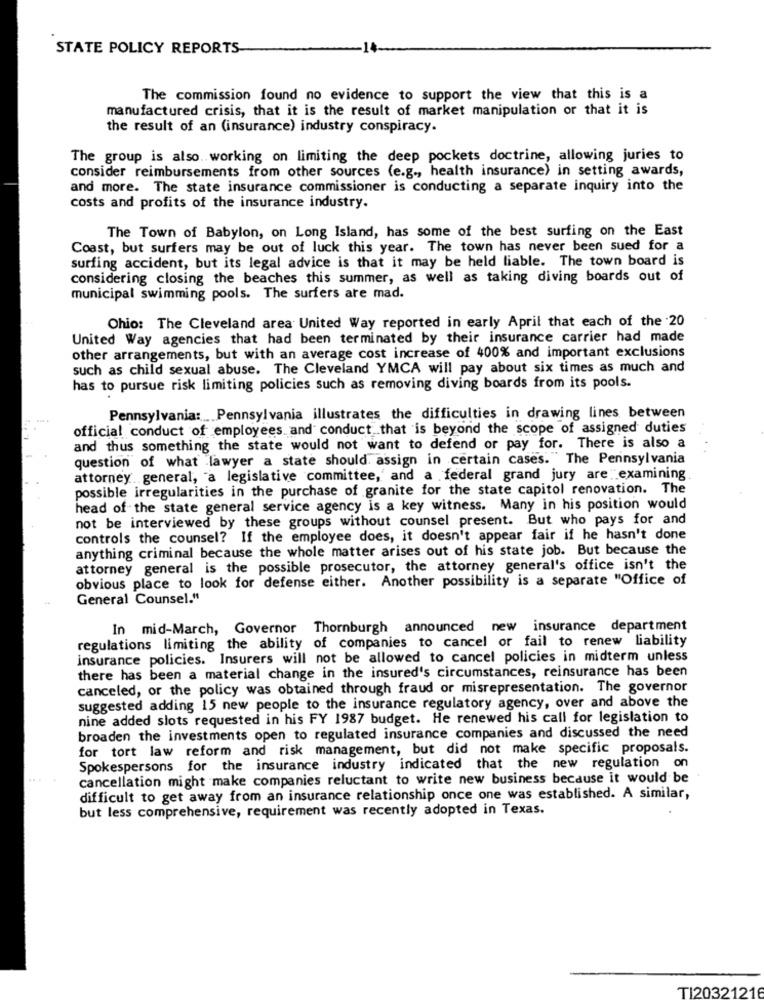
STATE POLICY REPORTS
The commission found no evidence to support the view that this is a
manufactured crisis, that it is the result of market manipulation or that it is
the result of an (insurance) industry conspiracy.
The group is also. working on limiting the deep pockets doctrine, allowing juries to
consider reimbursements from other sources (e.g ., health insurance) in setting awards,
and more. The state insurance commissioner is conducting a separate inquiry into the
costs and profits of the insurance industry.
The Town of Babylon, on Long Island, has some of the best surfing on the East
Coast, but surfers may be out of luck this year. The town has never been sued for a
surfing accident, but its legal advice is that it may be held liable. The town board is
considering closing the beaches this summer, as well as taking diving boards out of
municipal swimming pools. The surfers are mad.
Ohio: The Cleveland area United Way reported in early April that each of the .20
United Way agencies that had been terminated by their insurance carrier had made
other arrangements, but with an average cost increase of 400% and important exclusions
such as child sexual abuse. The Cleveland YMCA will pay about six times as much and
has to pursue risk limiting policies such as removing diving boards from its pools.
Pennsylvania :... Pennsylvania illustrates the difficulties in drawing lines between
official conduct of employees and conduct that is beyond the scope of assigned duties
and thus something the state would not want to defend or pay for. There is also a
question of what lawyer a state should. assign in certain cases."The Pennsylvania
attorney general, a legislative committee,' and a federal grand jury are examining
possible irregularities in the purchase of granite for the state capitol renovation. The
head of the state general service agency is a key witness. Many in his position would
not be interviewed by these groups without counsel present. But who pays for and
controls the counsel? If the employee does, it doesn't appear fair if he hasn't done
anything criminal because the whole matter arises out of his state job. But because the
attorney general is the possible prosecutor, the attorney general's office isn't the
obvious place to look for defense either. Another possibility is a separate "Office of
General Counsel."
In mid-March, Governor Thornburgh announced new insurance department
regulations limiting the ability of companies to cancel or fail to renew liability
insurance policies. Insurers will not be allowed to cancel policies in midterm unless
there has been a material change in the insured's circumstances, reinsurance has been
canceled, or the policy was obtained through fraud or misrepresentation. The governor
suggested adding 15 new people to the insurance regulatory agency, over and above the
nine added slots requested in his FY 1987 budget. He renewed his call for legislation to
broaden the investments open to regulated insurance companies and discussed the need
for tort law reform and risk management, but did not make specific proposals.
Spokespersons for the insurance industry indicated that the new regulation on
cancellation might make companies reluctant to write new business because it would be
difficult to get away from an insurance relationship once one was established. A similar,
but less comprehensive, requirement was recently adopted in Texas.
TI20321216